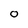
Character: o